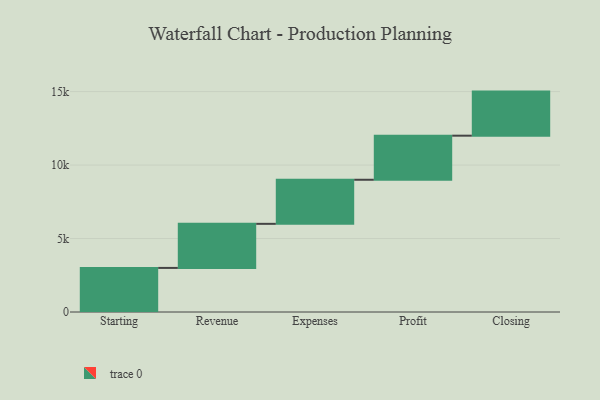
{"axis": {"x": "Step", "y": "Value"}, "legend": [""], "data": [{"x": "Starting", "y": 3000, "type": ""}, {"x": "Revenue", "y": 3000, "type": ""}, {"x": "Expenses", "y": 3000, "type": ""}, {"x": "Profit", "y": 3000, "type": ""}, {"x": "Closing", "y": 3000, "type": ""}]}